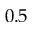
0 . 5